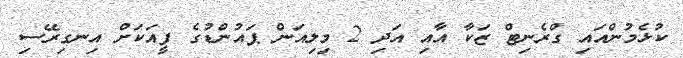
ކުޅެމުންއައި ގްރެނިޓް ޒަކާ އާއި އަދި 2 މިލިއަން ޕައުންޑުގެ ފީއަކަށް އިނގިރޭސި